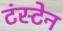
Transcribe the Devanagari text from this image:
टंस्टेन